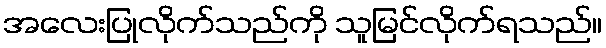
အလေးပြုလိုက်သည်ကို သူမြင်လိုက်ရသည်။